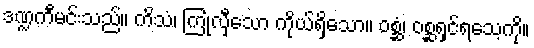
ဒဏ္ဍကီမင်းသည်။ ကိသံ၊ ကြုံလှီသော ကိုယ်ရှိသော။ ဝစ္ဆံ၊ ဝစ္ဆရှင်ရသေ့ကို။